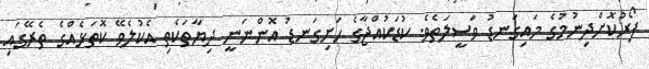
ފޯރުކޮށްދިނުމުގެ މައިގަނޑު ވަސީލަތެވެ. ކުޑަކުއްޖާގެ ހަށިގަނޑު އޮންނަނީ ދިޔާތަކެތި އެކުލެވޭ ކޮތަޅެއްގެ ތެރޭގައި